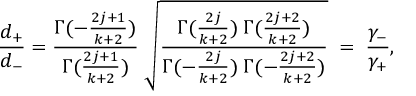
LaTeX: \frac { d _ { + } } { d _ { - } } = \frac { \Gamma ( - \frac { 2 j + 1 } { k + 2 } ) } { \Gamma ( \frac { 2 j + 1 } { k + 2 } ) } \; \sqrt { \frac { \Gamma ( \frac { 2 j } { k + 2 } ) \; \Gamma ( \frac { 2 j + 2 } { k + 2 } ) } { \Gamma ( - \frac { 2 j } { k + 2 } ) \; \Gamma ( - \frac { 2 j + 2 } { k + 2 } ) } } \; = \; \frac { \gamma _ { - } } { \gamma _ { + } } ,